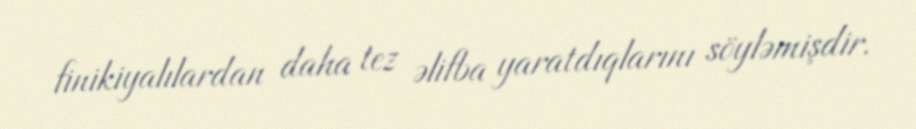
finikiyalılardan daha tez əlifba yaratdıqlarını söyləmişdir.